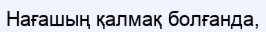
Нағашың қалмақ болғанда,